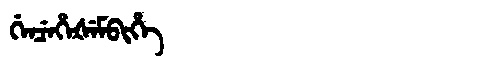
Manchu: ᡤᡝᠨᠴᡝᡥᡝᡧᡝᠮᠪᡳᡥᡝ
Romanization: GENCEHEŠEMBIHE